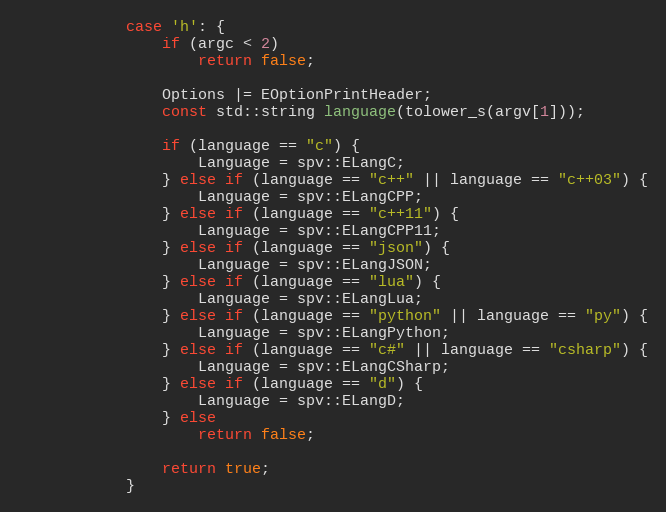
Language: C++
            case 'h': {
                if (argc < 2)
                    return false;

                Options |= EOptionPrintHeader;
                const std::string language(tolower_s(argv[1]));

                if (language == "c") {
                    Language = spv::ELangC;
                } else if (language == "c++" || language == "c++03") {
                    Language = spv::ELangCPP;
                } else if (language == "c++11") {
                    Language = spv::ELangCPP11;
                } else if (language == "json") {
                    Language = spv::ELangJSON;
                } else if (language == "lua") {
                    Language = spv::ELangLua;
                } else if (language == "python" || language == "py") {
                    Language = spv::ELangPython;
                } else if (language == "c#" || language == "csharp") {
                    Language = spv::ELangCSharp;
                } else if (language == "d") {
                    Language = spv::ELangD;
                } else
                    return false;

                return true;
            }